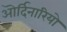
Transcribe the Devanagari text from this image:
ऒर्दिनारियो